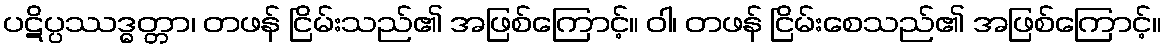
ပဋိပ္ပဿဒ္ဓတ္တာ၊ တဖန် ငြိမ်းသည်၏ အဖြစ်ကြောင့်။ ဝါ၊ တဖန် ငြိမ်းစေသည်၏ အဖြစ်ကြောင့်။